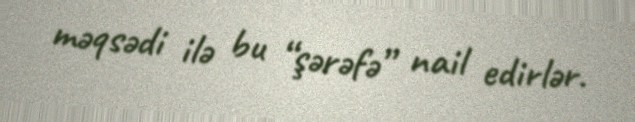
məqsədi ilə bu “şərəfə” nail edirlər.